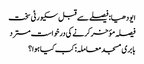
ایودھیا: فیصلے سے قبل سکیورٹی سخت
فیصلہ مؤخر کرنے کی درخواست مسترد
بابری مسجد معاملہ: کب کیا ہوا؟